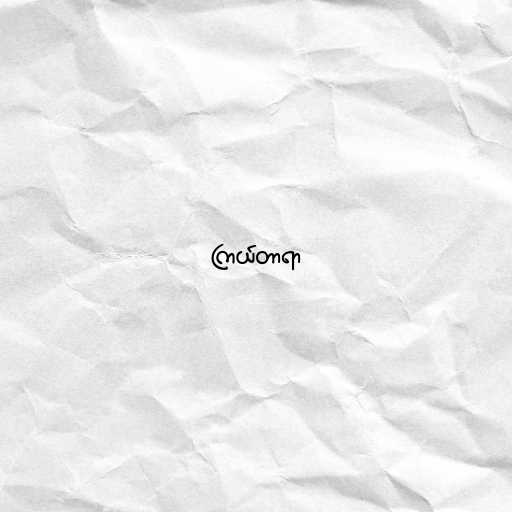
ကြယ်တာရာ